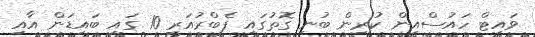
ވައިޓް ހައުސްއިން ކުރިން ބުނި ގޮތުގައި ފެބްރުއަރީ 10 ގައި ބައިޑަން އާއި